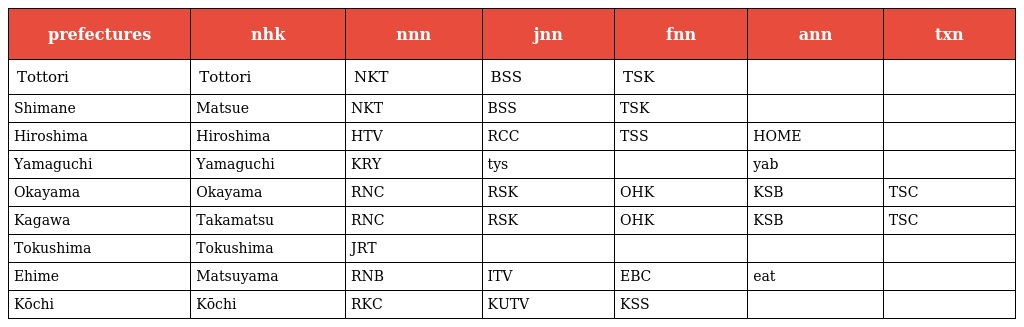
| prefectures | nhk | nnn | jnn | fnn | ann | txn |
 | --- | --- | --- | --- | --- | --- | --- |
 | Tottori | Tottori | NKT | BSS | TSK |  |  |
 | Shimane | Matsue | NKT | BSS | TSK |  |  |
 | Hiroshima | Hiroshima | HTV | RCC | TSS | HOME |  |
 | Yamaguchi | Yamaguchi | KRY | tys |  | yab |  |
 | Okayama | Okayama | RNC | RSK | OHK | KSB | TSC |
 | Kagawa | Takamatsu | RNC | RSK | OHK | KSB | TSC |
 | Tokushima | Tokushima | JRT |  |  |  |  |
 | Ehime | Matsuyama | RNB | ITV | EBC | eat |  |
 | Kōchi | Kōchi | RKC | KUTV | KSS |  |  |